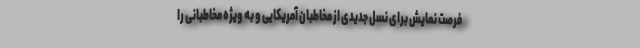
فرصت نمایش برای نسل جدیدی از مخاطبان آمریکایی و به ویژه مخاطبانی را